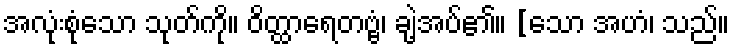
အလုံးစုံသော သုတ်ကို။ ဝိတ္ထာရေတဗ္ဗံ၊ ချဲ့အပ်၏။ [သော အဟံ၊ သည်။